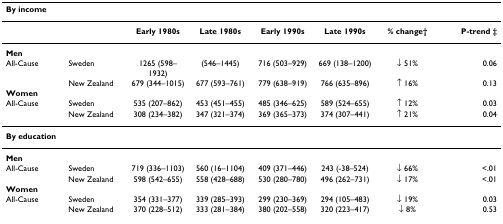
| By income |  |  |  |  |  |  |  |
 | --- | --- | --- | --- | --- | --- | --- | --- |
 |  |  | Early 1980s | Late 1980s | Early 1990s | Late 1990s | % change† | P-trend ‡ |
 | Men |  |  |  |  |  |  |  |
 | All-Cause | Sweden | 1265 (598–1932) | (546–1445) | 716 (503–929) | 669 (138–1200) | ↓ 51% | 0.06 |
 |  | New Zealand | 679 (344–1015) | 677 (593–761) | 779 (638–919) | 766 (635–896) | ↑ 16% | 0.13 |
 | Women |  |  |  |  |  |  |  |
 | All-Cause | Sweden | 535 (207–862) | 453 (451–455) | 485 (346–625) | 589 (524–655) | ↑ 12% | 0.03 |
 |  | New Zealand | 308 (234–382) | 347 (321–374) | 369 (365–373) | 374 (307–441) | ↑ 21% | 0.04 |
 | By education |  |  |  |  |  |  |  |
 | Men |  |  |  |  |  |  |  |
 | All-Cause | Sweden | 719 (336–1103) | 560 (16–1104) | 409 (371–446) | 243 (-38–524) | ↓ 66% | <.01 |
 |  | New Zealand | 598 (542–655) | 558 (428–688) | 530 (280–780) | 496 (262–731) | ↓ 17% | <.01 |
 | Women |  |  |  |  |  |  |  |
 | All-Cause | Sweden | 354 (331–377) | 339 (285–393) | 299 (230–369) | 294 (105–483) | ↓ 19% | 0.03 |
 |  | New Zealand | 370 (228–512) | 333 (281–384) | 380 (202–558) | 320 (223–417) | ↓ 8% | 0.53 |